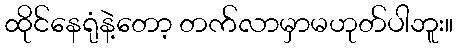
ထိုင်နေရုံနဲ့တော့ တက်လာမှာမဟုတ်ပါဘူး။